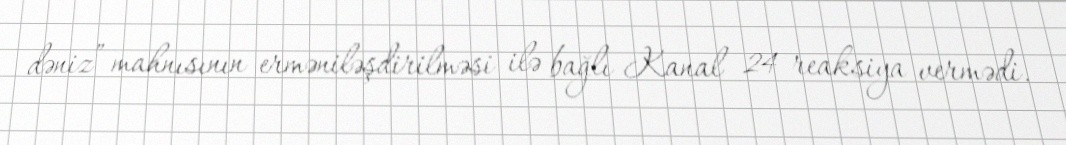
dəniz” mahnısının erməniləşdirilməsi ilə bağlı Kanal 24 reaksiya vermədi.